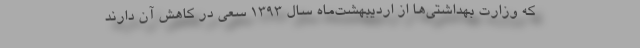
که وزارت بهداشتی‌ها از اردیبهشت‌ماه سال ۱۳۹۳ سعی در کاهش آن دارند